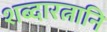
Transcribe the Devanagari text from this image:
शब्दारत्नानि